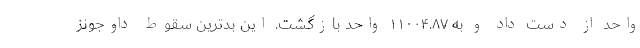
واحد از دست داد و به ۱۱۰۰۴.۸۷ واحد بازگشت. این بدترین سقوط داوجونز